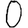
Digit: 0